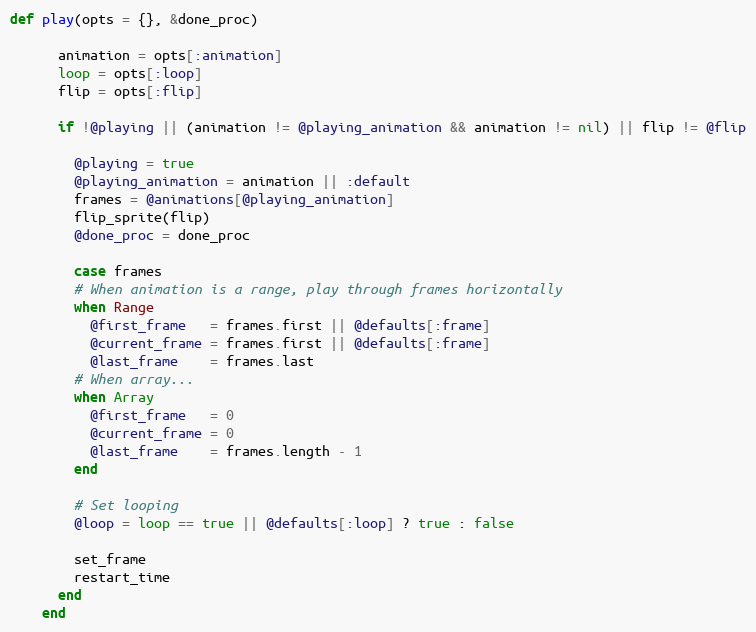
Language: Ruby
def play(opts = {}, &done_proc)

      animation = opts[:animation]
      loop = opts[:loop]
      flip = opts[:flip]

      if !@playing || (animation != @playing_animation && animation != nil) || flip != @flip

        @playing = true
        @playing_animation = animation || :default
        frames = @animations[@playing_animation]
        flip_sprite(flip)
        @done_proc = done_proc

        case frames
        # When animation is a range, play through frames horizontally
        when Range
          @first_frame   = frames.first || @defaults[:frame]
          @current_frame = frames.first || @defaults[:frame]
          @last_frame    = frames.last
        # When array...
        when Array
          @first_frame   = 0
          @current_frame = 0
          @last_frame    = frames.length - 1
        end

        # Set looping
        @loop = loop == true || @defaults[:loop] ? true : false

        set_frame
        restart_time
      end
    end